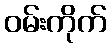
ဝမ်းကိုက်